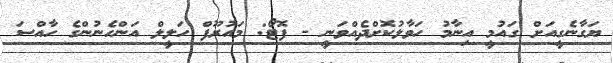
ޔަގާނެގީއަށް ގައުމީ އިނާމު ހަވާލުކޮށްދެއްވަނީ - ފޮޓޯ: މައުރޫފް ހަލީލް އަންހެނުންގެ ހާއްސަ